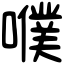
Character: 𡂈